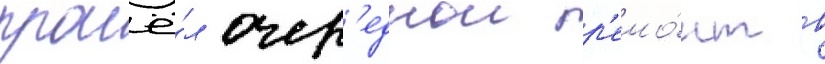
прошё́л очер'еднои р'емо́нт в